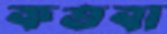
কতবা